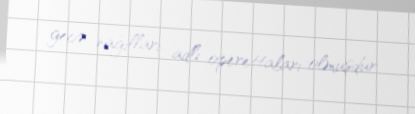
gecə nağılları adlı operettaları olmuşdur.